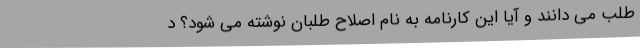
طلب می دانند و آیا این کارنامه به نام اصلاح طلبان نوشته می شود؟ د